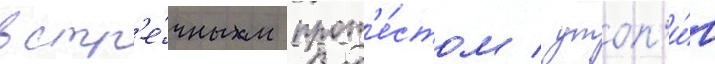
встр'е́чным прот'е́стом / утоп'и́в